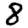
Digit: 8